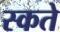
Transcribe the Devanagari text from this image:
स्कते